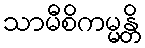
သာမီစိကမ္မန္တိ